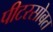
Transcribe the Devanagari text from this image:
पीटरसोबत